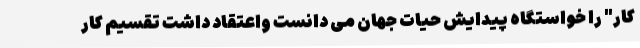
کار" را خواستگاه پیدایش حیات جهان می دانست واعتقاد داشت تقسيم کار